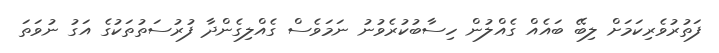
ފަތުރުވެރިކަމަށް ލިބޭ ބައެއް ގެއްލުން ހިސާބުކުރެވުނު ނަމަވެސް ގެއްލިގެންދާ ފުރުސަތުތަކުގެ އަގު ނުވަތަ